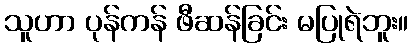
သူဟာ ပုန်ကန် ဖီဆန်ခြင်း မပြုရဲဘူး။